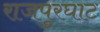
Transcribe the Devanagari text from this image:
राजपुरघाट